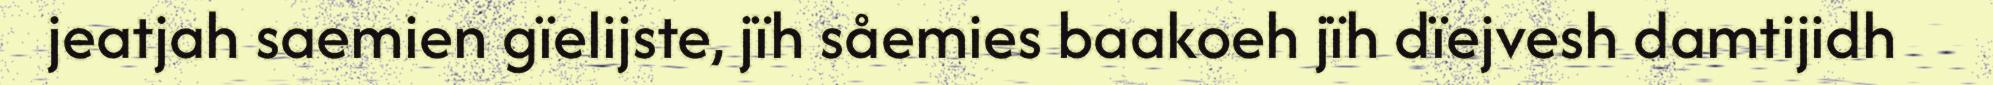
jeatjah saemien gïelijste, jïh såemies baakoeh jïh dïejvesh damtijidh